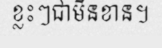
ខ្លះៗជាមិនខាន។